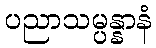
ပညာသမ္ပန္နာနံ